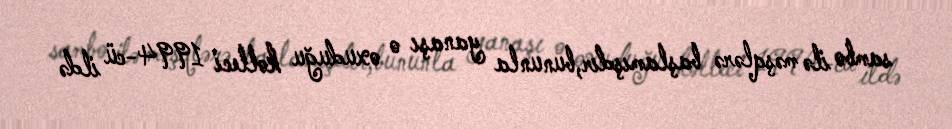
sambo ilə məşqlərə başlamışdır,bununla yanaşı o oxuduğu kolleci 1994-cü ildə